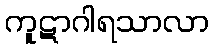
ကူဋာဂါရသာလာ